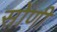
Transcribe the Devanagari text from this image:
सोणी